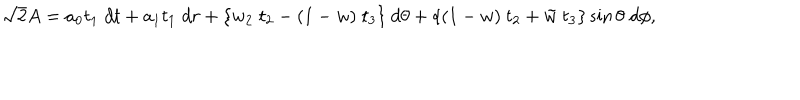
LaTeX: \sqrt { 2 } A = a _ { 0 } t _ { 1 } \; d t + a _ { 1 } t _ { 1 } \; d r + \{ w _ { 2 } \; t _ { 2 } - ( 1 - w ) \; t _ { 3 } \} \ d \theta + \{ ( 1 - w ) \ t _ { 2 } + \tilde { w } \; t _ { 3 } \} \sin \theta \; d \phi ,